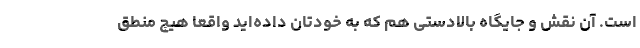
است. آن نقش و جایگاه بالادستی هم که به خودتان داده‌اید واقعا هیچ منطق